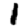
Digit: 1